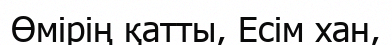
Өмірің қатты, Есім хан,